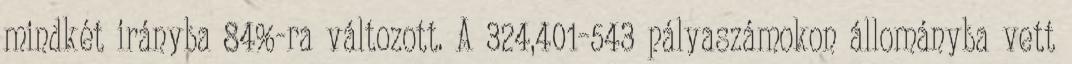
mindkét irányba 84%-ra változott. A 324,401–543 pályaszámokon állományba vett